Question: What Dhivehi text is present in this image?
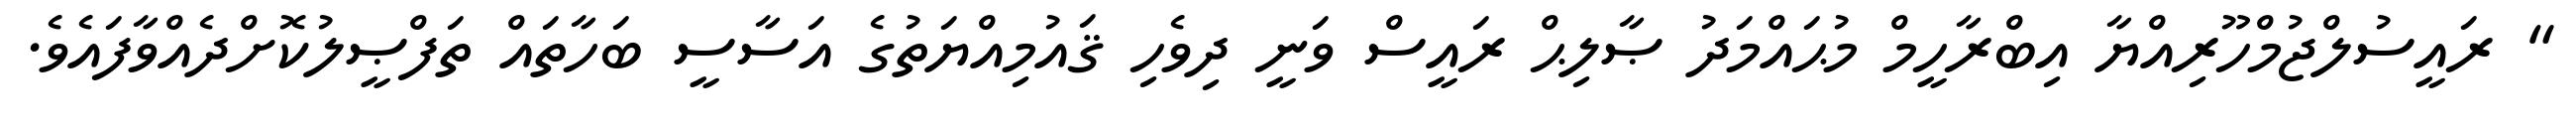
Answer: " ރައީސުލްޖުމްހޫރިއްޔާ އިބްރާހީމް މުޙައްމަދު ޞާލިޙް ރައީސް ވަނީ ދިވެހި ޤައުމިއްޔަތުގެ އަސާސީ ބަހާތައް ތަފްޞީލުކޮށްދެއްވާފައެވެ.